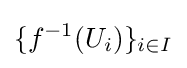
\{f^{-1}(U_{i})\}_{i\in I}